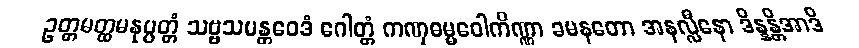
ဥတ္တမတ္ထမနုပ္ပတ္တံ သဗ္ဗသမန္တဝေဒံ ဂေါတ္တံ ကဏှဓမ္မဝေါကိဏ္ဏာ ခမနတော အနလ္လီနော ဒိန္နန္တိအာဒိ